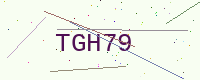
Text: TGH79